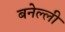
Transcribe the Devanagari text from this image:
बनेल्ली